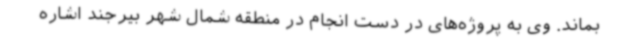
بماند. وی به پروژه‌های در دست انجام در منطقه شمال شهر بیرجند اشاره